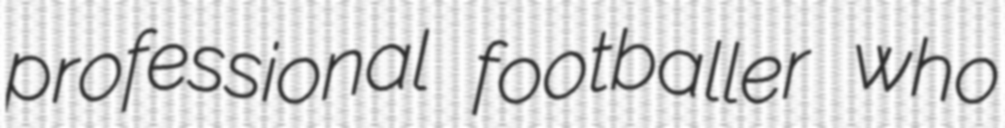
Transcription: professional footballer who